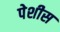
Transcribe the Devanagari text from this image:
पेशीस